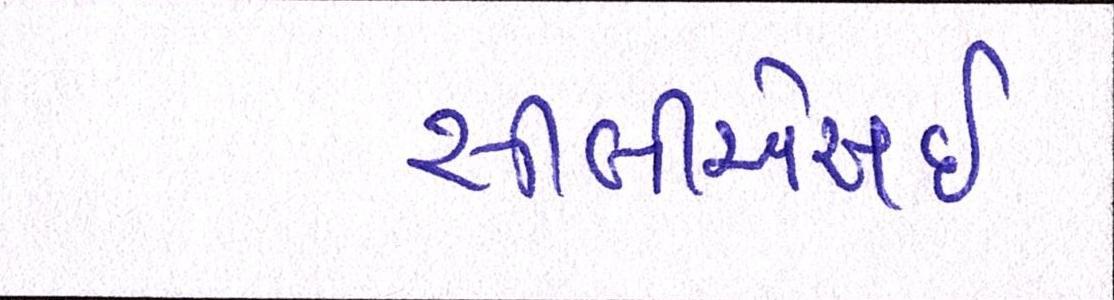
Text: સીબીએસઇ